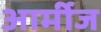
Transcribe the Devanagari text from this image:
आर्मीज